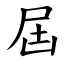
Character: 屆